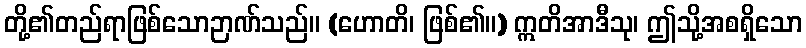
တို့၏တည်ရာဖြစ်သောဉာဏ်သည်။ (ဟောတိ၊ ဖြစ်၏။) ဣတိအာဒီသု၊ ဤသို့အစရှိသော